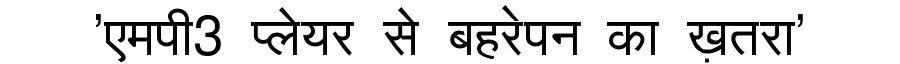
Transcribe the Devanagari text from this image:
'एमपी3 प्लेयर से बहरेपन का ख़तरा'